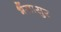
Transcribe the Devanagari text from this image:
भैंसासुर